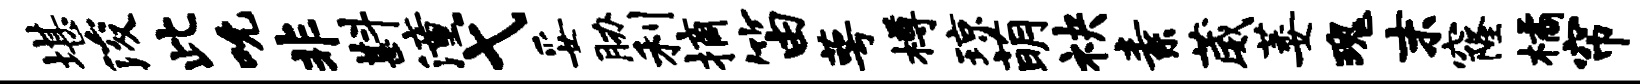
堪浚此吮非斟潼弋妥胁利摘笛萼樽琼萌袂素葳萎瑰末窿橘帘